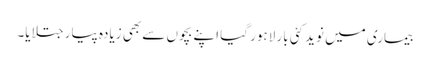
بیماری میں نوید کئی بار لاہور گیا اپنے بچوں سے بھی زیادہ پیار جتلایا۔